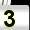
Digit: 3